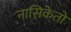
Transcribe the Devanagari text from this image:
नासिकेतो